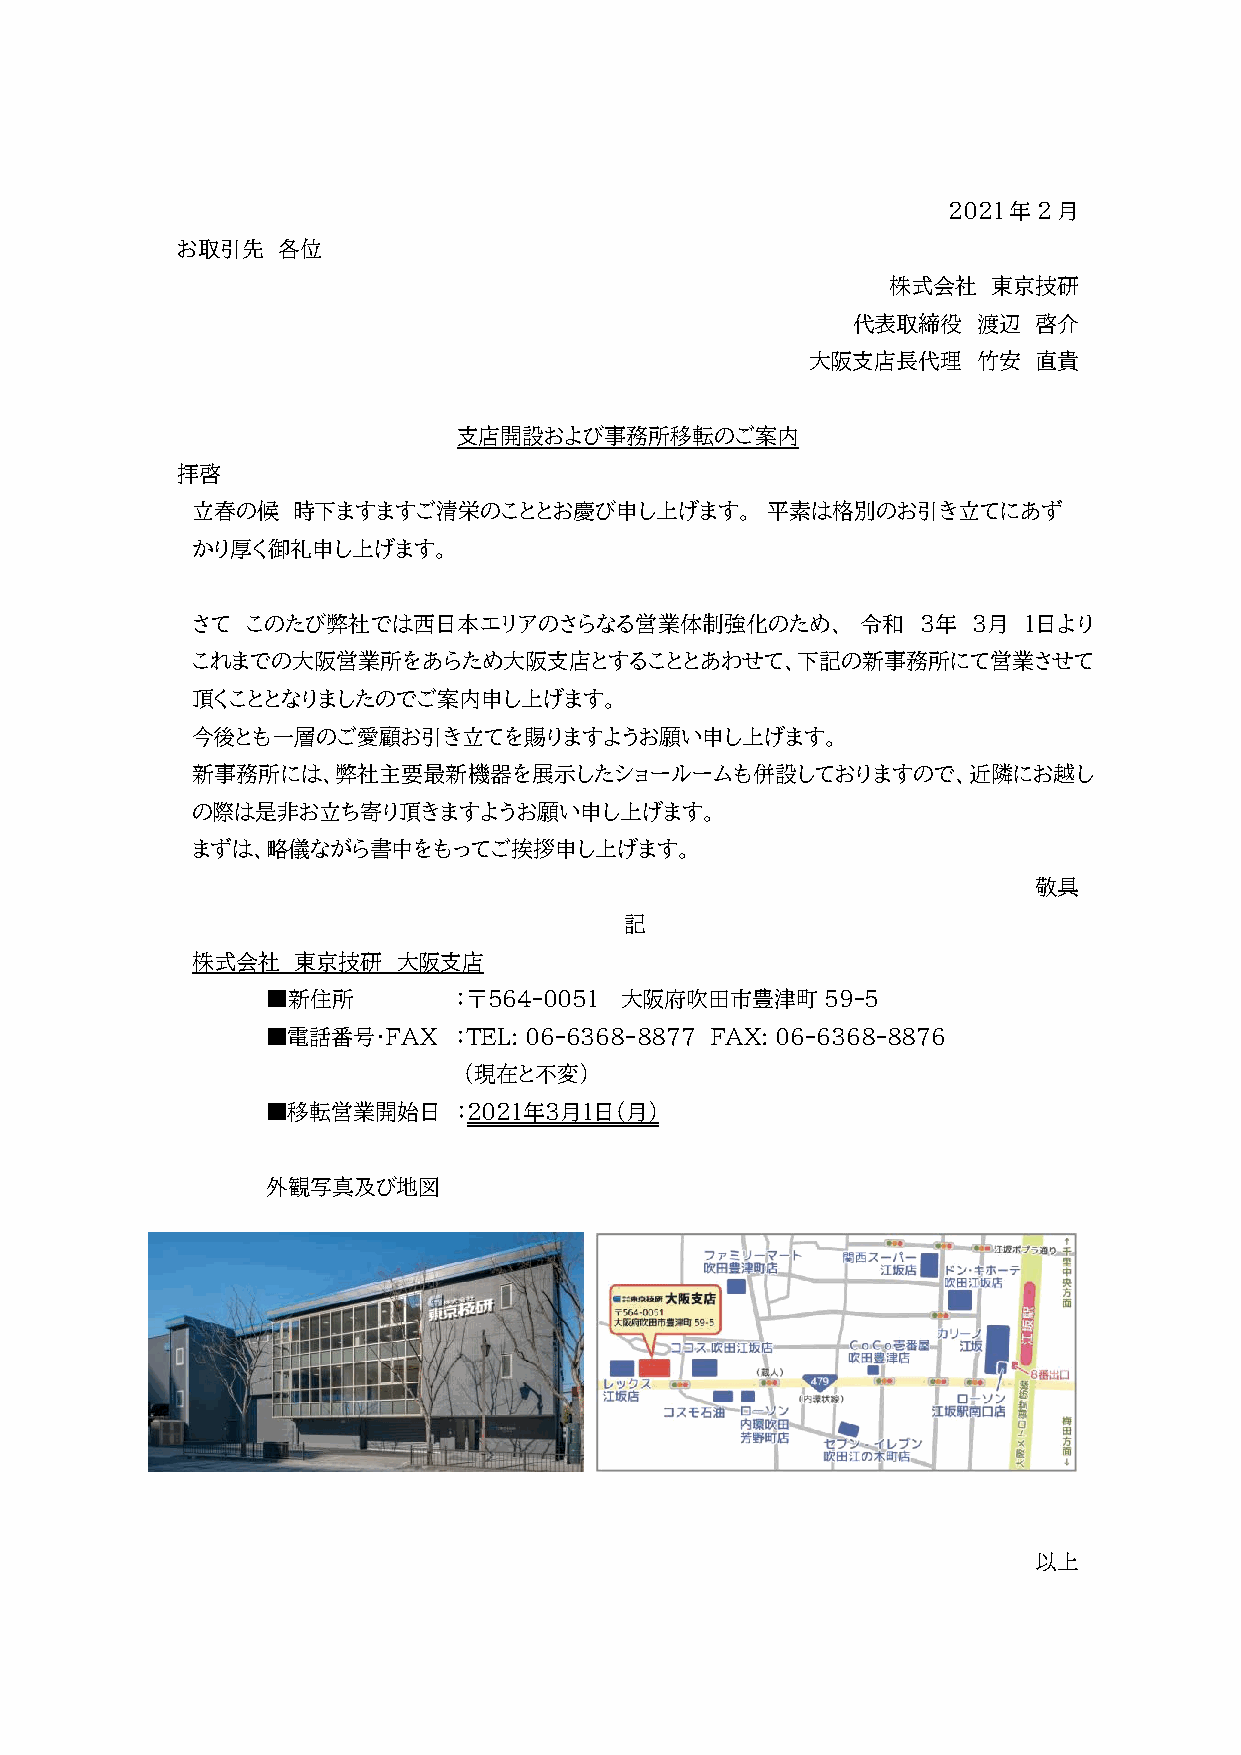
2021年2月
 お取引先  各位
 株式会社   東京技研
 代表取締役    渡辺 啓介
 大阪支店長代理    竹安 直貴
 支店開設および事務所移転のご案内
 拝啓
 立春の候  時下ますますご清栄のこととお慶び申し上げます。         平素は格別のお引き立てにあず
 かり厚く御礼申し上げます。
 さて このたび弊社では西日本エリアのさらなる営業体制強化のため、            令和  ３年 ３月  １日より
 これまでの大阪営業所をあらため大阪支店とすることとあわせて、下記の新事務所にて営業させて
 頂くこととなりましたのでご案内申し上げます。
 今後とも一層のご愛顧お引き立てを賜りますようお願い申し上げます。
 新事務所には、弊社主要最新機器を展示したショールームも併設しておりますので、近隣にお越し
 の際は是非お立ち寄り頂きますようお願い申し上げます。
 まずは、略儀ながら書中をもってご挨拶申し上げます。
 敬具
 記
 株式会社  東京技研   大阪支店
 ■新住所        ：〒564-0051 大阪府吹田市豊津町59-5
 ■電話番号・ＦＡＸ   ：TEL: 06-6368-8877 FAX: 06-6368-8876
 （現在と不変）
 ■移転営業開始日    ：２０２１年３月１日（月）
 外観写真及び地図
 以上